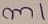
Text: m1